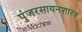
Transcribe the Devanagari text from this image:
पुंजरसायनशास्त्र